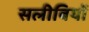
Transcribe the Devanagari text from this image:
सलीबियों